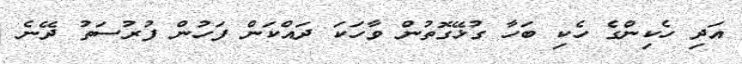
އަދި ހެކިންގެ ހެކި ބަހާ ގުޅޭގޮތުން ވާހަކަ ދައްކަން ފަހުން ފުރުސަތު ދޭނެ